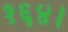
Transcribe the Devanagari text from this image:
१६४।